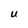
Character: U